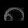
Digit: ၈